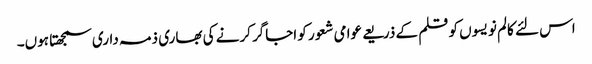
اس لئے کالم نویسوں کو قلم کے ذریعے عوامی شعور کو اجاگر کرنے کی بھاری ذمہ داری سمجھتا ہوں۔